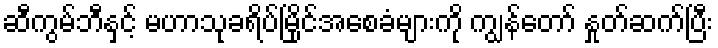
ဆီကွမ်ဘီနှင့် မဟာသုခရိပ်မြိုင်အစေခံများကို ကျွန်တော် နှုတ်ဆက်ပြီး